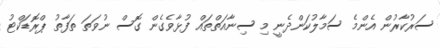
ސަރުކާރުން އެންމެ ސަމާލުކަންދެނީ މި ސިނާއަތްތައް ފުޅާވެގެން ގޮސް ނުވަތަ ތަފާތު ޕްރޮޑަކްޓު